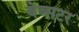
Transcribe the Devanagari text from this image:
बेब्सटर